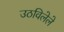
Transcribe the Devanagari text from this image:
उठविलेले